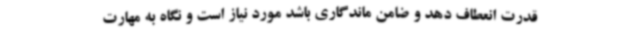
قدرت انعطاف دهد و ضامن ماندگاری باشد مورد نیاز است و نگاه به مهارت